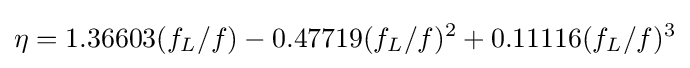
\eta =1.36603(f_{L}/f)-0.47719(f_{L}/f)^{2}+0.11116(f_{L}/f)^{3}